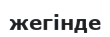
жегінде